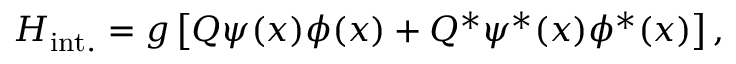
H _ { \mathrm { i n t . } } = g \left[ Q \psi ( x ) \phi ( x ) + Q ^ { * } \psi ^ { * } ( x ) \phi ^ { * } ( x ) \right] ,